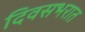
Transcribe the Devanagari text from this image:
दिवसभरात